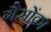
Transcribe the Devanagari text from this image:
गैसोंका